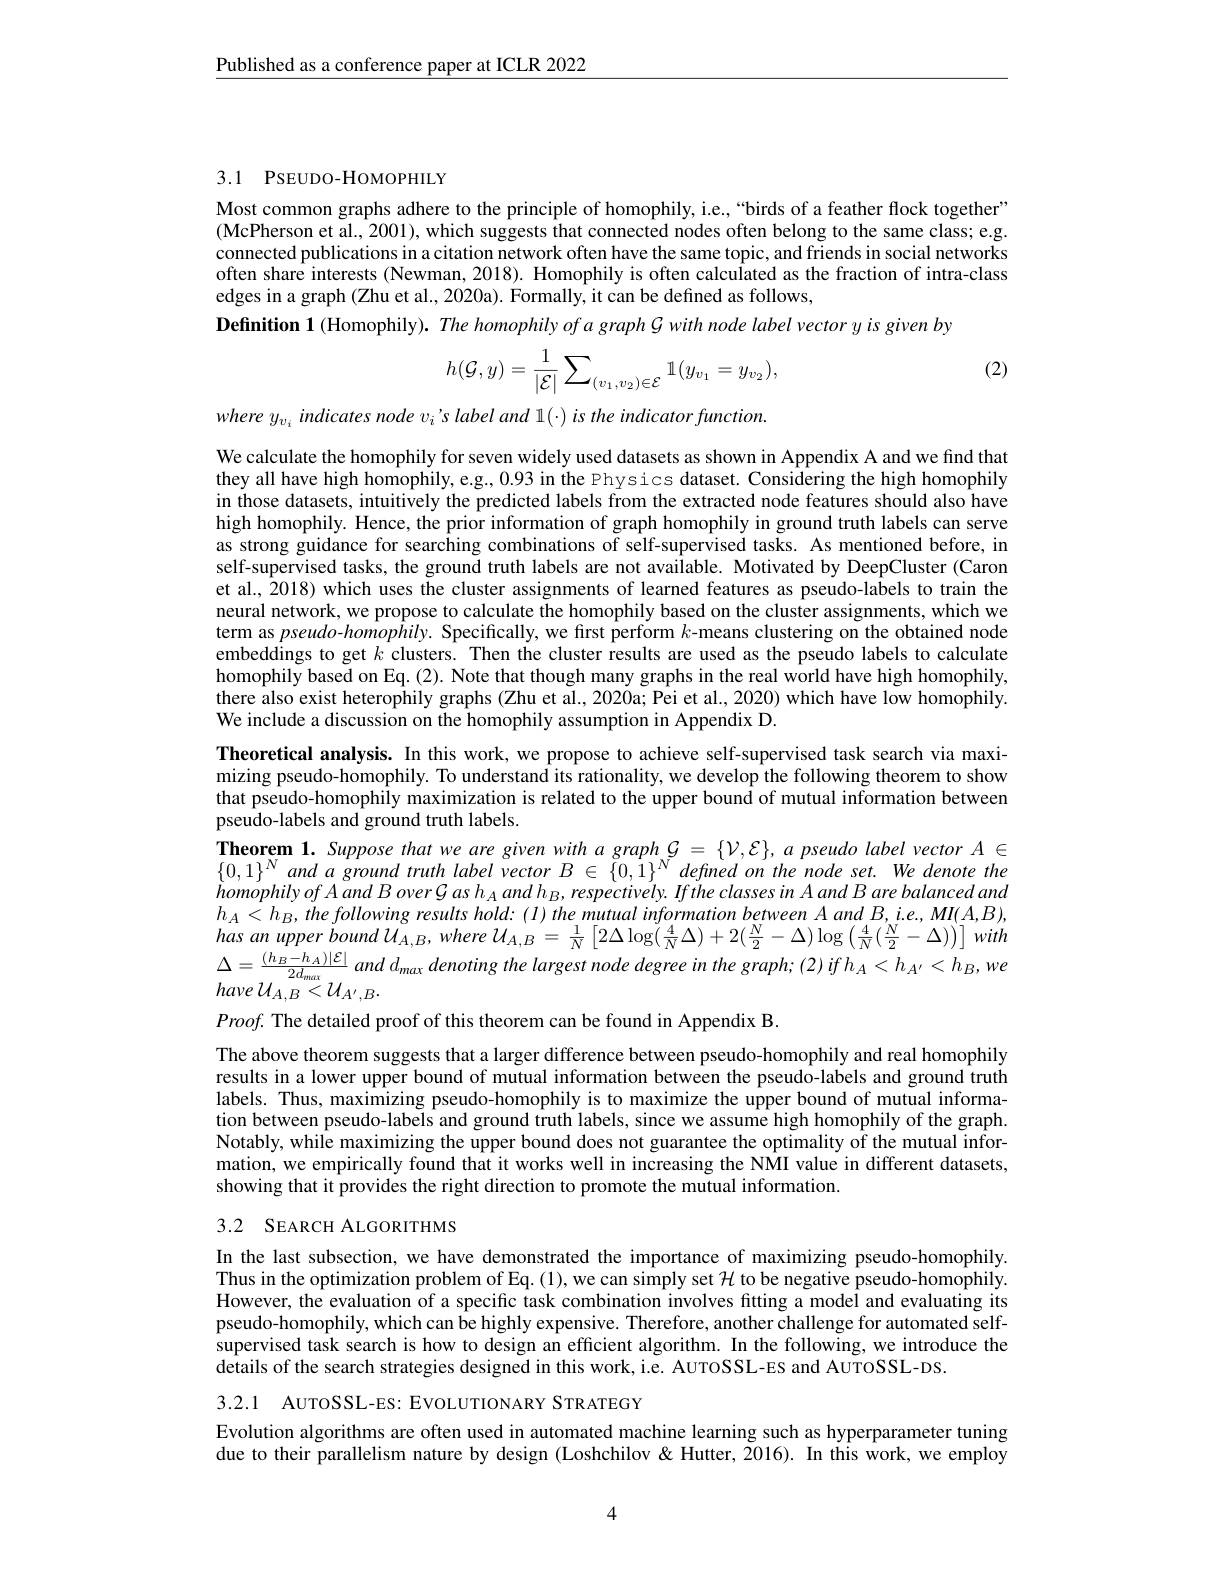
Published as a conference paper at ICLR 2022

## 3.1 PSEUDO-HOMOPHILY

Most common graphs adhere to the principle of homophily, i.e, “birds of a feather flock together" (McPherson et al., 2001), which suggests that connected nodes often belong to the same class; e.g. connected publications in a citation network often have the same topic, and friends in social networks often share interests (Newman, 2018). Homophily is often calculated as the fraction of intra-class edges in a graph (Zhu et al., 2020a). Formally, it can be defined as follows,
Definition 1 (Homophily). The homophily of a graph G with node label vector y is given by

(2)
$$h(\mathcal{G},y)=\frac{1}{|\mathcal{E}|}\sum_{(v_1,v_2)\in\mathcal{E}}\mathbb{1}(y_{v_1}=y_{v_2}),$$
$wherey_{v_i}$ indicates node vi 's label and 1(-) is the indicator function.

We calculate the homophily for seven widely used datasets as shown in Appendix A and we find that they all have high homophily, e.g., 0.93 in the Physics dataset. Considering the high homophily in those datasets, intuitively the predicted labels from the extracted node features should also have high homophily. Hence, the prior information of graph homophily in ground truth labels can serve as strong guidance for searching combinations of self-supervised tasks. As mentioned before, in self-supervised tasks, the ground truth labels are not available. Motivated by DeepCluster (Caron et al., 2018) which uses the cluster assignments of learned features as pseudo-labels to train the neural network, we propose to calculate the homophily based on the cluster assignments, which we term as $pseudo-homophily.$ Specifically, we first perform $k$-means clustering on the obtained node embeddings to get $k$ clusters. Then the cluster results are used as the pseudo labels to calculate homophily based on Eq.(2). Note that though many graphs in the real world have high homophily, there also exist heterophily graphs (Zhu et al., 2020a; Pei et al., 2020) which have low homophily. We include a discussion on the homophily assumption in Appendix D.

Theoretical analysis. In this work, we propose to achieve self-supervised task search via maximizing pseudo-homophily. To understand its rationality, we develop the following theorem to show that pseudo-homophily maximization is related to the upper bound of mutual information between pseudo-labels and ground truth labels.
Theorem 1. Suppose that we are given with a graph $\mathcal{G}=\{\mathcal{V},\mathcal{E}\},a$ pseudo label vector $A\in$ $\{ 0, 1\} ^{N}and$ $a$ ground truth label vector $B$ $\in$ $\{ 0, 1\} ^{N}$ defined $on$ the node $set.$ $We$ denote the $homophilyofAandBover\mathcal{G}ash_{A}andh_{B},respectively.IftheclassesinAandBarebalancedand$ has $an$ upper bound $U_{A, B}$, where $U_{A, B}= \frac 1N\left [ 2\Delta \log ( \frac 4N\Delta ) + 2( \frac N2- \Delta ) \log \left ( \frac 4N( \frac N2- \Delta ) \right ) \right ]$ with $\Delta = \frac {( h_B- h_A) | \mathcal{E} | }{2d_{max}}$ and $d_{max}$ denoting the largest node degree $in$ the $graph;$ (2) $if$ $h_A< h_{A^{\prime }}< h_B, we$ $have{\mathcal U}_{A,B}^{2a_{max}}<{\mathcal U}_{A^{\prime},B}.$

$Proof.$ The detailed proof of this theorem can be found in Appendix B.

The above theorem suggests that a larger difference between pseudo-homophily and real homophily results in a lower upper bound of mutual information between the pseudo-labels and ground truth labels. Thus, maximizing pseudo-homophily is to maximize the upper bound of mutual information between pseudo-labels and ground truth labels, since we assume high homophily of the graph. Notably, while maximizing the upper bound does not guarantee the optimality of the mutual information, we empirically found that it works well in increasing the NMI value in different datasets, showing that it provides the right direction to promote the mutual information.

## 3.2 SEARCH ALGORITHMS

In the last subsection, we have demonstrated the importance of maximizing pseudo-homophily. Thus in the optimization problem of Eq. (1), we can simply set $\mathcal{H}$ to be negative pseudo-homophily. However, the evaluation of a specific task combination involves fitting a model and evaluating its pseudo-homophily, which can be highly expensive. Therefore, another challenge for automated self- $\hat{\text{supervised task search is how to design an efficient algorithm. In the following, we introduce the}}$ details of the search strategies designed in this work, i.e. AUTOSSL-ES and AUTOSSL-DS.

3.2.1 AUTOSSL-ES: EVOLUTIONARY STRATEGY
Evolution algorithms are often used in automated machine learning such as hyperparameter tuning due to their parallelism nature by design (Loshchilov &Hutter, 2016). In this work, we employ

4